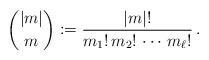
LaTeX: \begin{align*}\binom{|m|}{m} := \frac{|m|!}{m_{1}!\, m_{2}!\,\cdots\, m_{\ell}!}\,.\end{align*}